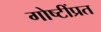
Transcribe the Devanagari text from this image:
गोष्टींप्रत